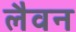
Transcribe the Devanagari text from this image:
लैवन